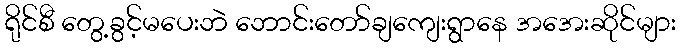
ရိုင်စီ တွေ့ခွင့်မပေးဘဲ ဘောင်းတော်ချကျေးရွာနေ အအေးဆိုင်များ